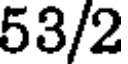
53/2